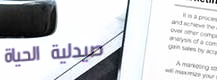
صيدلية الحياة